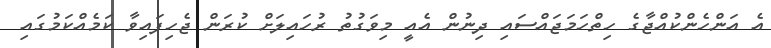
އެ އަންހެންކުއްޖާގެ ހިތްހަމަޖައްސައި ދިނުން އެއީ މިވަގުތު ރުހައިލަށް ކުރަން ޖެހިފައިވާ ކަމެއްކަމުގައި